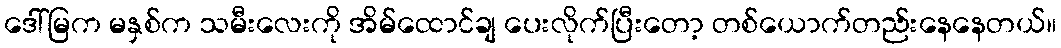
ဒေါ်မြက မနှစ်က သမီးလေးကို အိမ်ထောင်ချ ပေးလိုက်ပြီးတော့ တစ်ယောက်တည်းနေနေတယ်။